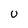
Character: U